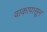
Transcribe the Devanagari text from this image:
वाकापासून